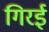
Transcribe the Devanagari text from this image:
गिरई